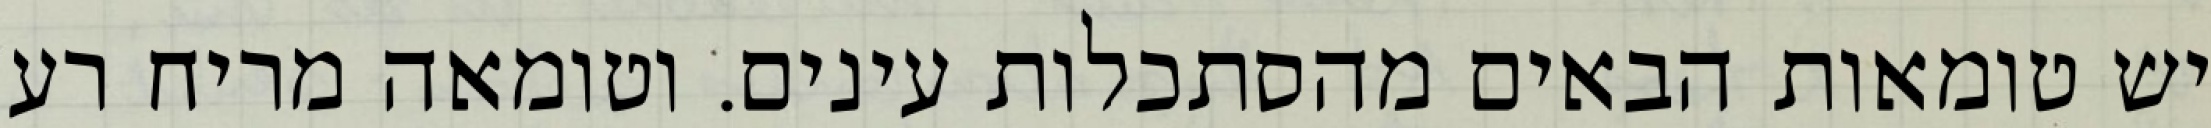
יש טומאות הבאים מהסתכלות עינים. וטומאה מריח רע